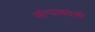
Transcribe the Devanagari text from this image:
सोन्याबदली